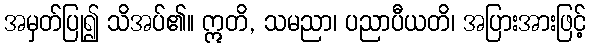
အမှတ်ပြု၍ သိအပ်၏။ ဣတိ, သမညာ၊ ပညာပီယတိ၊ အပြားအားဖြင့်